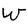
Character: W